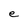
Character: e